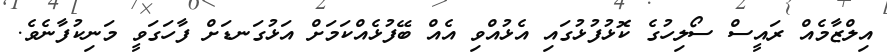
އިލްޒާމެއް ރައީސް ސޯލިހުގެ ކޮޅުފުޅުގައި އެޅުއްވި އެއް ބޭފުޅެއްކަމަށް އަޅުގަނޑަށް ފާހަގަވީ މަނިކުފާނެވެ.